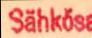
Sähkös